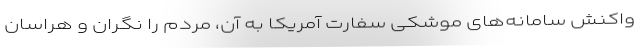
واکنش سامانه‌های موشکی سفارت آمریکا به آن، مردم را نگران و هراسان